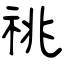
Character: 祧